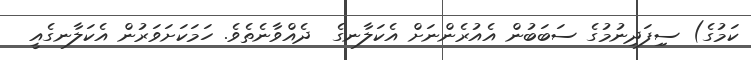
ކަމުގެ) ސިިފަދިނުމުގެ ސަބަބުން އެއުރެންނަށް އެކަލާނގެ  ދެއްވާނެތެވެ. ހަމަކަށަވަރުން އެކަލާނގެއީ